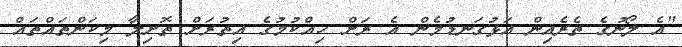
"އެ ލޯނުގެ ތެރެއިން އަޅުގަނޑުމެން އެ ރަށް ހިއްކުމުގެ އިތުރަށް ތޮށިލާ މިކަންތައްތައް